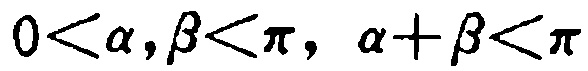
\(0<\alpha,\beta<\pi,\ \alpha + \beta<\pi\)